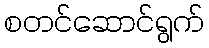
စတင်ဆောင်ရွက်